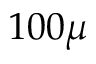
1 0 0 \mu